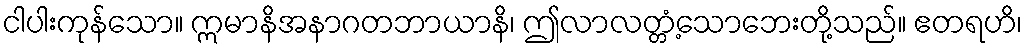
ငါပါးကုန်သော။ ဣမာနိအနာဂတဘာယာနိ၊ ဤလာလတ္တံ့သောဘေးတို့သည်။ ဧတရဟိ၊